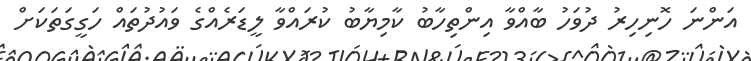
އަންނަ ހޮނިހިރު ދުވަހު ބާއްވާ އިންތިހާބު ކާމިޔާބު ކުރައްވާ ލީޑަރެއްގެ ވައުދުތައް ހަގީގަތަކަށް